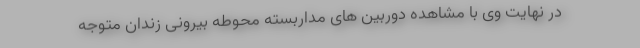
در نهایت وی با مشاهده دوربین های مداربسته محوطه بیرونی زندان متوجه